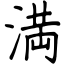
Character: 満